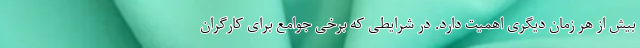
بیش از هر زمان دیگری اهمیت دارد. در شرایطی که برخی جوامع برای کارگران